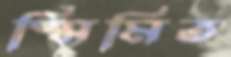
স্মিমিত